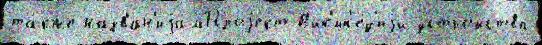
та́кже назван'иjамПроjект В'ик'ип'е́д'иjи устро́йства